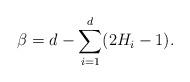
LaTeX: \begin{align*}\beta = d-\displaystyle\sum_{i=1}^{d} (2H_{i}-1).\end{align*}